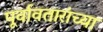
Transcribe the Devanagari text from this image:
पूर्वावतारांच्या